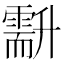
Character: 𠧍